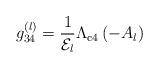
LaTeX: \begin{align*}g_{34}^{(l)}={\displaystyle \frac{1}{{\cal E}_l}}{\displaystyle \Lambda_{\rm{c4}}\left(-A_l\right)}\end{align*}